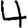
Digit: 4